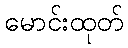
မောင်းထုတ်